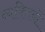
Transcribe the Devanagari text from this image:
व्‍यक्‍ितयों